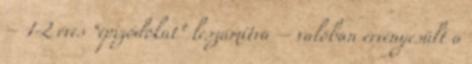
– 1-2 éves “epizódokat” leszámítva – valóban érvényesült a